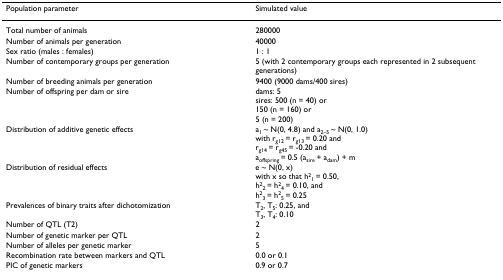
<table><thead><tr><td><b>Population parameter</b></td><td><b>Simulated value</b></td></tr></thead><tbody><tr><td>Total number of animals</td><td>280000</td></tr><tr><td>Number of animals per generation</td><td>40000</td></tr><tr><td>Sex ratio (males : females)</td><td>1 : 1</td></tr><tr><td>Number of contemporary groups per generation</td><td>5 (with 2 contemporary groups each represented in 2 subsequent generations)</td></tr><tr><td>Number of breeding animals per generation</td><td>9400 (9000 dams/400 sires)</td></tr><tr><td>Number of offspring per dam or sire</td><td>dams: 5sires: 500 (n = 40) or150 (n = 160) or5 (n = 200)</td></tr><tr><td>Distribution of additive genetic effects</td><td>a<sub>1 </sub>~ N(0, 4.8) and a<sub>2–5 </sub>~ N(0, 1.0)with r<sub>g12 </sub>= r<sub>g13 </sub>= 0.20 andr<sub>g14 </sub>= r<sub>g45 </sub>= -0.20 anda<sub>offspring </sub>= 0.5 (a<sub>sire </sub>+ a<sub>dam</sub>) + m</td></tr><tr><td>Distribution of residual effects</td><td>e ~ N(0, x)with x so that h<sup>2</sup><sub>1 </sub>= 0.50,h<sup>2</sup><sub>2 </sub>= h<sup>2</sup><sub>4 </sub>= 0.10, andh<sup>2</sup><sub>3 </sub>= h<sup>2</sup><sub>5 </sub>= 0.25</td></tr><tr><td>Prevalences of binary traits after dichotomization</td><td>T<sub>2</sub>, T<sub>5</sub>: 0.25, andT<sub>3</sub>, T<sub>4</sub>: 0.10</td></tr><tr><td>Number of QTL (T2)</td><td>2</td></tr><tr><td>Number of genetic marker per QTL</td><td>2</td></tr><tr><td>Number of alleles per genetic marker</td><td>5</td></tr><tr><td>Recombination rate between markers and QTL</td><td>0.0 or 0.1</td></tr><tr><td>PIC of genetic markers</td><td>0.9 or 0.7</td></tr></tbody></table>